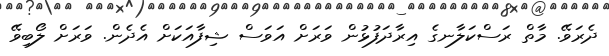
ދެރަވޭ. މާތް ރަސްކަލާނގެ އިރާދަފުޅުން ވަރަށް އަވަސް ޝިފާއަކަށް އެދެން. ވަރަށް ލޯބިވޭ